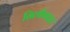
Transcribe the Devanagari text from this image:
सिलीनाइट